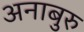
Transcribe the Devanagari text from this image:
अनाबुरु